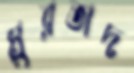
মুরতাদ